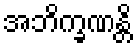
အဘိက္ခဏန္တိ